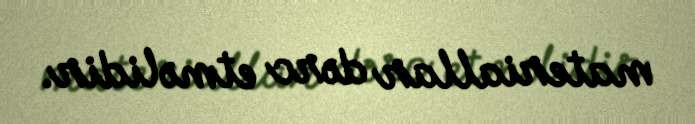
materiallar dərc etməlidir.